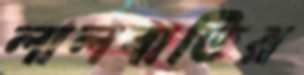
লালবাতির